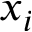
x _ { i }